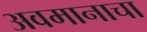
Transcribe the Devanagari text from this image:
अवमानाचा